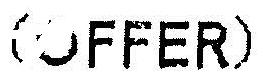
(OFFER)